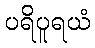
ပရိပူရယံ